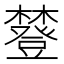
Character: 𧰔